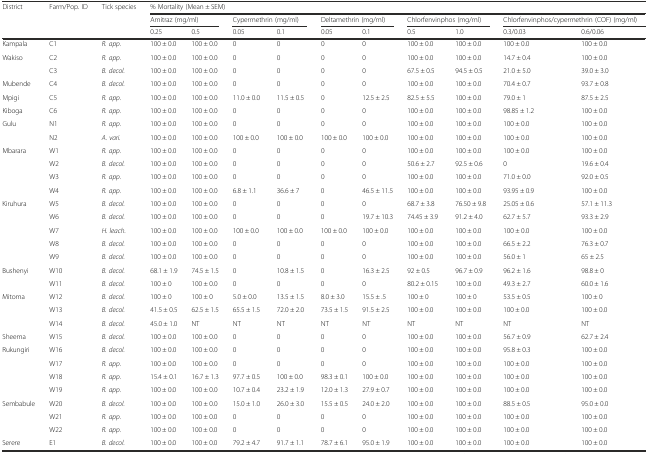
<table><thead><tr><td><b>District</b></td><td><b>Farm/Pop. ID</b></td><td><b>Tick species</b></td><td colspan="10"><b>% Mortality (Mean ± SEM)</b></td></tr><tr><td></td><td></td><td></td><td colspan="2"><b>Amitraz (mg/ml)</b></td><td colspan="2"><b>Cypermethrin (mg/ml)</b></td><td colspan="2"><b>Deltamethrin (mg/ml)</b></td><td colspan="2"><b>Chlorfenvinphos (mg/ml)</b></td><td colspan="2"><b>Chlorfenvinphos/cypermethrin (COF) (mg/ml)</b></td></tr><tr><td></td><td></td><td></td><td><b>0.25</b></td><td><b>0.5</b></td><td><b>0.05</b></td><td><b>0.1</b></td><td><b>0.05</b></td><td><b>0.1</b></td><td><b>0.5</b></td><td><b>1.0</b></td><td><b>0.3/0.03</b></td><td><b>0.6/0.06</b></td></tr></thead><tbody><tr><td>Kampala</td><td>C1</td><td><i>R. app.</i></td><td>100 ± 0.0</td><td>100 ± 0.0</td><td>0</td><td>0</td><td>0</td><td>0</td><td>100 ± 0.0</td><td>100 ± 0.0</td><td>100 ± 0.0</td><td>100 ± 0.0</td></tr><tr><td>Wakiso</td><td>C2</td><td><i>R. app.</i></td><td>100 ± 0.0</td><td>100 ± 0.0</td><td>0</td><td>0</td><td>0</td><td>0</td><td>100 ± 0.0</td><td>100 ± 0.0</td><td>14.7 ± 0.4</td><td>100 ± 0.0</td></tr><tr><td></td><td>C3</td><td><i>B. decol.</i></td><td>100 ± 0.0</td><td>100 ± 0.0</td><td>0</td><td>0</td><td>0</td><td>0</td><td>67.5 ± 0.5</td><td>94.5 ± 0.5</td><td>21.0 ± 5.0</td><td>39.0 ± 3.0</td></tr><tr><td>Mubende</td><td>C4</td><td><i>B. decol.</i></td><td>100 ± 0.0</td><td>100 ± 0.0</td><td>0</td><td>0</td><td>0</td><td>0</td><td>100 ± 0.0</td><td>100 ± 0.0</td><td>70.4 ± 0.7</td><td>93.7 ± 0.8</td></tr><tr><td>Mpigi</td><td>C5</td><td><i>R. app.</i></td><td>100 ± 0.0</td><td>100 ± 0.0</td><td>11.0 ± 0.0</td><td>11.5 ± 0.5</td><td>0</td><td>12.5 ± 2.5</td><td>82.5 ± 5.5</td><td>100 ± 0.0</td><td>79.0 ± 1</td><td>87.5 ± 2.5</td></tr><tr><td>Kiboga</td><td>C6</td><td><i>R. app.</i></td><td>100 ± 0.0</td><td>100 ± 0.0</td><td>0</td><td>0</td><td>0</td><td>0</td><td>100 ± 0.0</td><td>100 ± 0.0</td><td>98.85 ± 1.2</td><td>100 ± 0.0</td></tr><tr><td>Gulu</td><td>N1</td><td><i>R. app.</i></td><td>100 ± 0.0</td><td>100 ± 0.0</td><td>0</td><td>0</td><td>0</td><td>0</td><td>100 ± 0.0</td><td>100 ± 0.0</td><td>100 ± 0.0</td><td>100 ± 0.0</td></tr><tr><td></td><td>N2</td><td><i>A. vari.</i></td><td>100 ± 0.0</td><td>100 ± 0.0</td><td>100 ± 0.0</td><td>100 ± 0.0</td><td>100 ± 0.0</td><td>100 ± 0.0</td><td>100 ± 0.0</td><td>100 ± 0.0</td><td>100 ± 0.0</td><td>100 ± 0.0</td></tr><tr><td>Mbarara</td><td>W1</td><td><i>R. app.</i></td><td>100 ± 0.0</td><td>100 ± 0.0</td><td>0</td><td>0</td><td>0</td><td>0</td><td>100 ± 0.0</td><td>100 ± 0.0</td><td>100 ± 0.0</td><td>100 ± 0.0</td></tr><tr><td></td><td>W2</td><td><i>B. decol.</i></td><td>100 ± 0.0</td><td>100 ± 0.0</td><td>0</td><td>0</td><td>0</td><td>0</td><td>50.6 ± 2.7</td><td>92.5 ± 0.6</td><td>0</td><td>19.6 ± 0.4</td></tr><tr><td></td><td>W3</td><td><i>R. app.</i></td><td>100 ± 0.0</td><td>100 ± 0.0</td><td>0</td><td>0</td><td>0</td><td>0</td><td>100 ± 0.0</td><td>100 ± 0.0</td><td>71.0 ± 0.0</td><td>92.0 ± 0.5</td></tr><tr><td></td><td>W4</td><td><i>R. app.</i></td><td>100 ± 0.0</td><td>100 ± 0.0</td><td>6.8 ± 1.1</td><td>36.6 ± 7</td><td>0</td><td>46.5 ± 11.5</td><td>100 ± 0.0</td><td>100 ± 0.0</td><td>93.95 ± 0.9</td><td>100 ± 0.0</td></tr><tr><td>Kiruhura</td><td>W5</td><td><i>B. decol.</i></td><td>100 ± 0.0</td><td>100 ± 0.0</td><td>0</td><td>0</td><td>0</td><td>0</td><td>68.7 ± 3.8</td><td>76.50 ± 9.8</td><td>25.05 ± 0.6</td><td>57.1 ± 11.3</td></tr><tr><td></td><td>W6</td><td><i>B. decol.</i></td><td>100 ± 0.0</td><td>100 ± 0.0</td><td>0</td><td>0</td><td>0</td><td>19.7 ± 10.3</td><td>74.45 ± 3.9</td><td>91.2 ± 4.0</td><td>62.7 ± 5.7</td><td>93.3 ± 2.9</td></tr><tr><td></td><td>W7</td><td><i>H. leach.</i></td><td>100 ± 0.0</td><td>100 ± 0.0</td><td>100 ± 0.0</td><td>100 ± 0.0</td><td>100 ± 0.0</td><td>100 ± 0.0</td><td>100 ± 0.0</td><td>100 ± 0.0</td><td>100 ± 0.0</td><td>100 ± 0.0</td></tr><tr><td></td><td>W8</td><td><i>B. decol.</i></td><td>100 ± 0.0</td><td>100 ± 0.0</td><td>0</td><td>0</td><td>0</td><td>0</td><td>100 ± 0.0</td><td>100 ± 0.0</td><td>66.5 ± 2.2</td><td>76.3 ± 0.7</td></tr><tr><td></td><td>W9</td><td><i>B. decol.</i></td><td>100 ± 0.0</td><td>100 ± 0.0</td><td>0</td><td>0</td><td>0</td><td>0</td><td>100 ± 0.0</td><td>100 ± 0.0</td><td>56.0 ± 1</td><td>65 ± 2.5</td></tr><tr><td>Bushenyi</td><td>W10</td><td><i>B. decol.</i></td><td>68.1 ± 1.9</td><td>74.5 ± 1.5</td><td>0</td><td>10.8 ± 1.5</td><td>0</td><td>16.3 ± 2.5</td><td>92 ± 0.5</td><td>96.7 ± 0.9</td><td>96.2 ± 1.6</td><td>98.8 ± 0</td></tr><tr><td></td><td>W11</td><td><i>B. decol.</i></td><td>100 ± 0</td><td>100 ± 0.0</td><td>0</td><td>0</td><td>0</td><td>0</td><td>80.2 ± 0.15</td><td>100 ± 0.0</td><td>49.3 ± 2.7</td><td>60.0 ± 1.6</td></tr><tr><td>Mitoma</td><td>W12</td><td><i>B. decol.</i></td><td>100 ± 0</td><td>100 ± 0</td><td>5.0 ± 0.0</td><td>13.5 ± 1.5</td><td>8.0 ± 3.0</td><td>15.5 ± .5</td><td>100 ± 0</td><td>100 ± 0</td><td>53.5 ± 0.5</td><td>100 ± 0</td></tr><tr><td></td><td>W13</td><td><i>B. decol.</i></td><td>41.5 ± 0.5</td><td>62.5 ± 1.5</td><td>65.5 ± 1.5</td><td>72.0 ± 2.0</td><td>73.5 ± 1.5</td><td>91.5 ± 2.5</td><td>100 ± 0.0</td><td>100 ± 0.0</td><td>100 ± 0.0</td><td>100 ± 0.0</td></tr><tr><td></td><td>W14</td><td><i>B. decol.</i></td><td>45.0 ± 1.0</td><td>NT</td><td>NT</td><td>NT</td><td>NT</td><td>NT</td><td>NT</td><td>NT</td><td>NT</td><td>NT</td></tr><tr><td>Sheema</td><td>W15</td><td><i>B. decol.</i></td><td>100 ± 0.0</td><td>100 ± 0.0</td><td>0</td><td>0</td><td>0</td><td>0</td><td>100 ± 0.0</td><td>100 ± 0.0</td><td>56.7 ± 0.9</td><td>62.7 ± 2.4</td></tr><tr><td>Rukungiri</td><td>W16</td><td><i>B. decol.</i></td><td>100 ± 0.0</td><td>100 ± 0.0</td><td>0</td><td>0</td><td>0</td><td>0</td><td>100 ± 0.0</td><td>100 ± 0.0</td><td>95.8 ± 0.3</td><td>100 ± 0.0</td></tr><tr><td></td><td>W17</td><td><i>R. app.</i></td><td>100 ± 0.0</td><td>100 ± 0.0</td><td>0</td><td>0</td><td>0</td><td>0</td><td>100 ± 0.0</td><td>100 ± 0.0</td><td>100 ± 0.0</td><td>100 ± 0.0</td></tr><tr><td></td><td>W18</td><td><i>R. app.</i></td><td>15.4 ± 0.1</td><td>16.7 ± 1.3</td><td>97.7 ± 0.5</td><td>100 ± 0.0</td><td>98.3 ± 0.1</td><td>100 ± 0.0</td><td>100 ± 0.0</td><td>100 ± 0.0</td><td>100 ± 0.0</td><td>100 ± 0.0</td></tr><tr><td></td><td>W19</td><td><i>R. app.</i></td><td>100 ± 0.0</td><td>100 ± 0.0</td><td>10.7 ± 0.4</td><td>23.2 ± 1.9</td><td>12.0 ± 1.3</td><td>27.9 ± 0.7</td><td>100 ± 0.0</td><td>100 ± 0.0</td><td>100 ± 0.0</td><td>100 ± 0.0</td></tr><tr><td>Sembabule</td><td>W20</td><td><i>B. decol.</i></td><td>100 ± 0.0</td><td>100 ± 0.0</td><td>15.0 ± 1.0</td><td>26.0 ± 3.0</td><td>15.5 ± 0.5</td><td>24.0 ± 2.0</td><td>100 ± 0.0</td><td>100 ± 0.0</td><td>88.5 ± 0.5</td><td>95.0 ± 0.0</td></tr><tr><td></td><td>W21</td><td><i>R. app.</i></td><td>100 ± 0.0</td><td>100 ± 0.0</td><td>0</td><td>0</td><td>0</td><td>0</td><td>100 ± 0.0</td><td>100 ± 0.0</td><td>100 ± 0.0</td><td>100 ± 0.0</td></tr><tr><td></td><td>W22</td><td><i>R. app.</i></td><td>100 ± 0.0</td><td>100 ± 0.0</td><td>0</td><td>0</td><td>0</td><td>0</td><td>100 ± 0.0</td><td>100 ± 0.0</td><td>100 ± 0.0</td><td>100 ± 0.0</td></tr><tr><td>Serere</td><td>E1</td><td><i>B. decol.</i></td><td>100 ± 0.0</td><td>100 ± 0.0</td><td>79.2 ± 4.7</td><td>91.7 ± 1.1</td><td>78.7 ± 6.1</td><td>95.0 ± 1.9</td><td>100 ± 0.0</td><td>100 ± 0.0</td><td>100 ± 0.0</td><td>100 ± 0.0</td></tr></tbody></table>